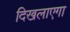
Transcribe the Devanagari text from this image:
दिखलाएगा